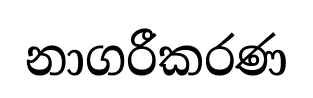
නාගරීකරණ